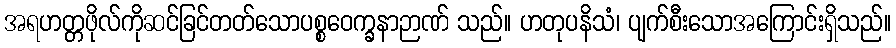
အရဟတ္တဖိုလ်ကိုဆင်ခြင်တတ်သောပစ္စဝေက္ခနာဉာဏ် သည်။ ဟတုပနိသံ၊ ပျက်စီးသောအကြောင်းရှိသည်။